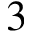
3